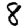
Digit: 8